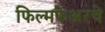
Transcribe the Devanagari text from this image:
फिल्मफेअरचे